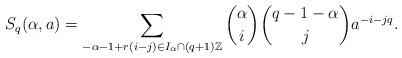
LaTeX: \begin{align*}S_q(\alpha,a)=\sum_{-\alpha-1+r(i-j)\in I_\alpha\cap(q+1)\Bbb Z}\binom\alpha i\binom{q-1-\alpha}j a^{-i-jq}.\end{align*}